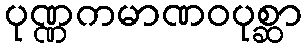
ပုဏ္ဏကမာဏဝပုစ္ဆာ